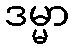
ဒမ္မာ